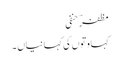
مظفرؔ حنفی
کہاوتوں کی کہانیاں ۔